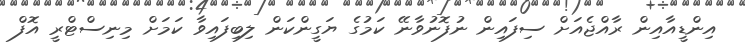
އިންޑީއާއިން ރާއްޖެއަށް ސިފައިން ނުފޮނުވާނޭ ކަމުގެ ޔަގީންކަން ލިބިފައިވާ ކަމަށް މިނިސްޓްރީ އޮފް